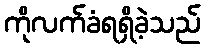
ကိုလက်ခံရရှိခဲ့သည်